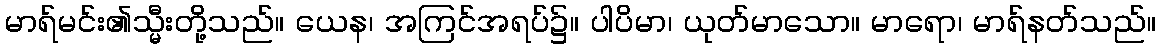
မာရ်မင်း၏သ္မီးတို့သည်။ ယေန၊ အကြင်အရပ်၌။ ပါပိမာ၊ ယုတ်မာသော။ မာရော၊ မာရ်နတ်သည်။